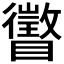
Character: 𪿂